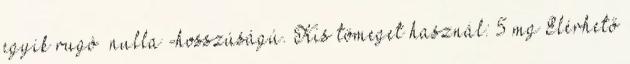
egyik rugó „nulla”-hosszúságú. Kis tömeget használ: 5 mg Elérhető